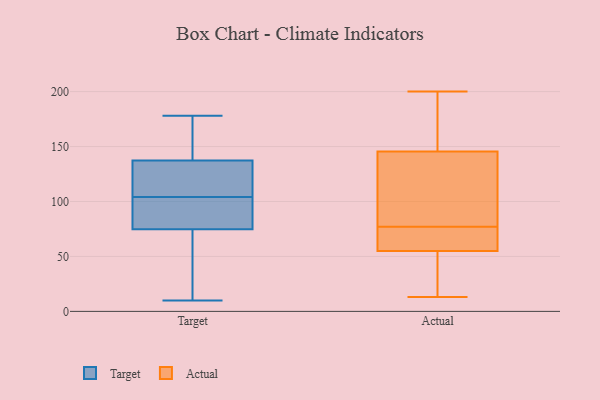
{"axis": {"x": "Headcount", "y": "Value"}, "legend": ["Actual", "Target"], "data": [{"x": "", "y": 103, "type": "Target"}, {"x": "", "y": 98, "type": "Target"}, {"x": "", "y": 138, "type": "Target"}, {"x": "", "y": 10, "type": "Target"}, {"x": "", "y": 22, "type": "Target"}, {"x": "", "y": 89, "type": "Target"}, {"x": "", "y": 98, "type": "Target"}, {"x": "", "y": 122, "type": "Target"}, {"x": "", "y": 174, "type": "Target"}, {"x": "", "y": 105, "type": "Target"}, {"x": "", "y": 145, "type": "Target"}, {"x": "", "y": 43, "type": "Target"}, {"x": "", "y": 135, "type": "Target"}, {"x": "", "y": 70, "type": "Target"}, {"x": "", "y": 104, "type": "Target"}, {"x": "", "y": 146, "type": "Target"}, {"x": "", "y": 178, "type": "Target"}, {"x": "", "y": 107, "type": "Target"}, {"x": "", "y": 31, "type": "Target"}, {"x": "", "y": 68, "type": "Actual"}, {"x": "", "y": 111, "type": "Actual"}, {"x": "", "y": 56, "type": "Actual"}, {"x": "", "y": 46, "type": "Actual"}, {"x": "", "y": 169, "type": "Actual"}, {"x": "", "y": 74, "type": "Actual"}, {"x": "", "y": 183, "type": "Actual"}, {"x": "", "y": 91, "type": "Actual"}, {"x": "", "y": 146, "type": "Actual"}, {"x": "", "y": 31, "type": "Actual"}, {"x": "", "y": 200, "type": "Actual"}, {"x": "", "y": 145, "type": "Actual"}, {"x": "", "y": 80, "type": "Actual"}, {"x": "", "y": 54, "type": "Actual"}, {"x": "", "y": 13, "type": "Actual"}, {"x": "", "y": 68, "type": "Actual"}]}